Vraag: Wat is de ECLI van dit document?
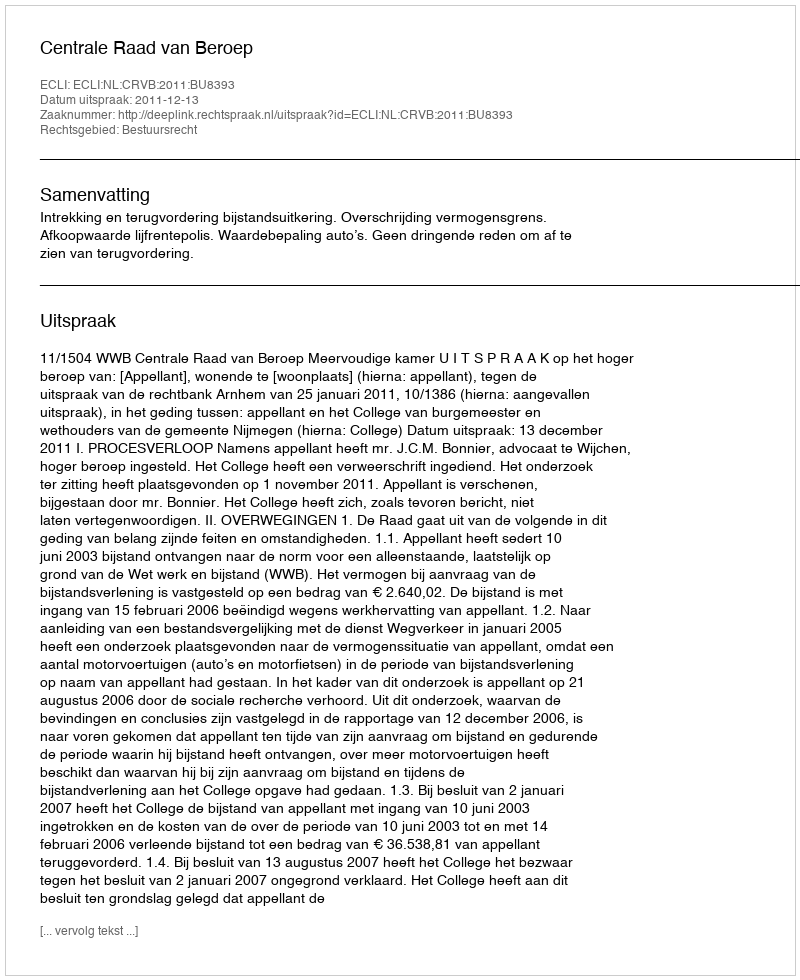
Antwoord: ECLI:NL:CRVB:2011:BU8393